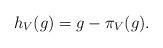
LaTeX: \begin{align*}h_V(g)=g-\pi_V(g).\end{align*}